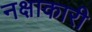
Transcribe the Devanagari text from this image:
नक्षाकारी